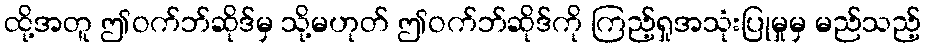
ထို့အတူ ဤဝက်ဘ်ဆိုဒ်မှ သို့မဟုတ် ဤဝက်ဘ်ဆိုဒ်ကို ကြည့်ရှုအသုံးပြုမှုမှ မည်သည့်